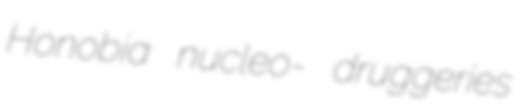
Honobia nucleo- druggeries